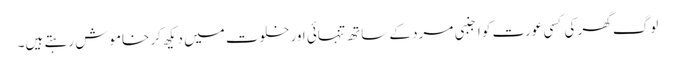
لوگ گھر کی کسی عورت کو اجنبی مرد کے ساتھ تنہائی اور خلوت میں دیکھ کر خاموش رہتے ہیں۔